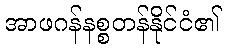
အာဖဂန်နစ္စတန်နိုင်ငံ၏